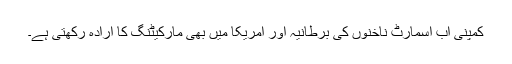
کمپنی اب اسمارٹ ناخنوں کی برطانیہ اور امریکا میں بھی مارکیٹنگ کا ارادہ رکھتی ہے۔